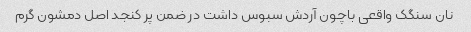
نان سنگک واقعی باچون آردش سبوس داشت در ضمن پر کنجد اصل دمشون گرم